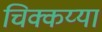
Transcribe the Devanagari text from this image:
चिक्कय्या